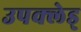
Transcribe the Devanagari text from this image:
उपक्लेड्